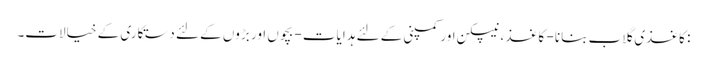
: کاغذی گلاب بنانا - کاغذ ، نیپکن اور کمپنی کے لئے ہدایات - بچوں اور بڑوں کے لئے دستکاری کے خیالات۔